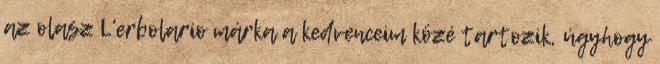
az olasz L'erbolario márka a kedvenceim közé tartozik, úgyhogy